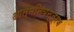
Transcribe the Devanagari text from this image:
आत्मनियन्त्रण